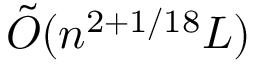
{ \tilde { O } } ( n ^ { 2 + 1 / 1 8 } L )